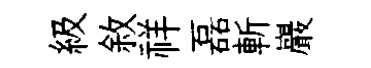
級敘祥磊斬巖